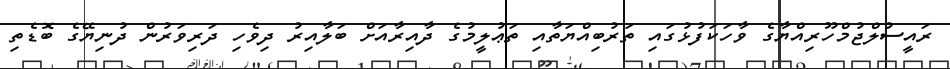
ރައީސުލްޖުމްހޫރިއްޔާގެ ވާހަކަފުޅުގައި ތަރުބިއްޔަތާއި ތަޢުލީމުގެ ދާއިރާއަށް ބަލާއިރު ދިވެހި ދަރިވަރުން ދުނިޔޭގެ ބޮޑެތި